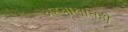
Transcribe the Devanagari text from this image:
अहवालातही